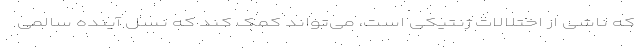
که ناشی از اختلالات ژنتیکی است، می‌تواند کمک کند که نسل آینده سالمی